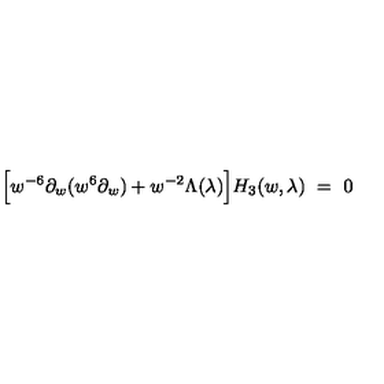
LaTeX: \Big [ w ^ { - 6 } \partial _ { w } ( w ^ { 6 } \partial _ { w } ) + w ^ { - 2 } \Lambda ( \lambda ) \Big ] H _ { 3 } ( w , \lambda ) \ = \ 0